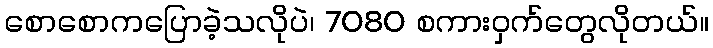
စောစောကပြောခဲ့သလိုပဲ၊ 7080 စကားဝှက်တွေလိုတယ်။